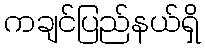
ကချင်ပြည်နယ်ရှိ